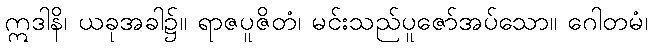
ဣဒါနိ၊ ယခုအခါ၌။ ရာဇပူဇိတံ၊ မင်းသည်ပူဇော်အပ်သော။ ဂေါတမံ၊